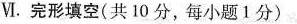
Ⅵ.完形填空(共 10 分,每小题 1分)